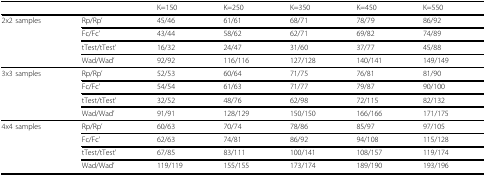
<table><thead><tr><td></td><td></td><td><b>K=150</b></td><td><b>K=250</b></td><td><b>K=350</b></td><td><b>K=450</b></td><td><b>K=550</b></td></tr></thead><tbody><tr><td rowspan="7">2x2 samples</td><td>Rp/Rp’</td><td>45/46</td><td>61/61</td><td>68/71</td><td>78/79</td><td>86/92</td></tr><tr><td>Fc/Fc’</td><td>43/44</td><td>58/62</td><td>62/71</td><td>69/82</td><td>74/89</td></tr><tr><td>tTest/tTest’</td><td>16/32</td><td>24/47</td><td>31/60</td><td>37/77</td><td>45/88</td></tr><tr><td>Wad/Wad’</td><td>92/92</td><td>116/116</td><td>127/128</td><td>140/141</td><td>149/149</td></tr><tr><td rowspan="7">3x3 samples</td><td>Rp/Rp’</td><td>52/53</td><td>60/64</td><td>71/75</td><td>76/81</td><td>81/90</td></tr><tr><td>Fc/Fc’</td><td>54/54</td><td>61/63</td><td>71/77</td><td>79/87</td><td>90/100</td></tr><tr><td>tTest/tTest’</td><td>32/52</td><td>48/76</td><td>62/98</td><td>72/115</td><td>82/132</td></tr><tr><td>Wad/Wad’</td><td>91/91</td><td>128/129</td><td>150/150</td><td>166/166</td><td>171/175</td></tr><tr><td rowspan="7">4x4 samples</td><td>Rp/Rp’</td><td>60/63</td><td>70/74</td><td>78/86</td><td>85/97</td><td>97/105</td></tr><tr><td>Fc/Fc’</td><td>62/63</td><td>74/81</td><td>86/92</td><td>94/108</td><td>115/128</td></tr><tr><td>tTest/tTest’</td><td>67/85</td><td>83/111</td><td>100/141</td><td>108/157</td><td>119/174</td></tr><tr><td>Wad/Wad’</td><td>119/119</td><td>155/155</td><td>173/174</td><td>189/190</td><td>193/196</td></tr></tbody></table>